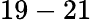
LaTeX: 19-21